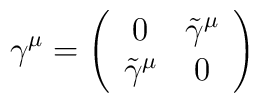
\gamma^{\mu} = \left( \begin{array}{cc}0 & \tilde{\gamma}^{\mu}\\\tilde{\gamma}^{\mu} & 0  \end{array} \right)